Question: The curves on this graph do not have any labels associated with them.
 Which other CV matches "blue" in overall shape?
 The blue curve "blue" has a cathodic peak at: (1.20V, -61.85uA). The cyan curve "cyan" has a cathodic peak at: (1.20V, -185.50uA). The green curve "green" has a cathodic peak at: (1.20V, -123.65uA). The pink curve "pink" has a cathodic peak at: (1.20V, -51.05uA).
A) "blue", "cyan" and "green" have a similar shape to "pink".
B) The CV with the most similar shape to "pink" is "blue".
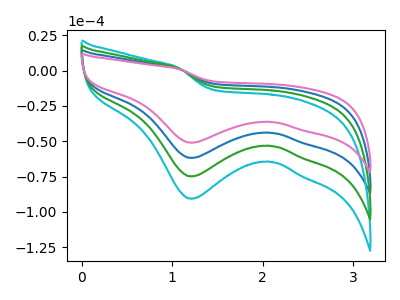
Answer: <think>All the peaks in "blue" have a peak in "cyan" at the same potential. Every peak in "blue" is lower than every peak in "cyan". All the peaks in "blue" have a peak in "green" at the same potential. Every peak in "blue" is lower than every peak in "green". All the peaks in "blue" have a peak in "pink" at the same potential. Every peak in "blue" is higher than every peak in "pink". All the peaks in "cyan" have a peak in "green" at the same potential. Every peak in "cyan" is higher than every peak in "green". All the peaks in "cyan" have a peak in "pink" at the same potential. Every peak in "cyan" is higher than every peak in "pink". All the peaks in "green" have a peak in "pink" at the same potential. Every peak in "green" is higher than every peak in "pink".
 </think>
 <answer>A) "blue", "cyan" and "green" have a similar shape to "pink".</answer>
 <eval>A</eval>